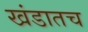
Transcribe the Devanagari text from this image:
खंडातच